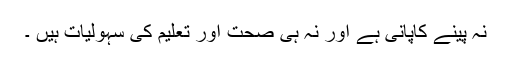
نہ پینے کاپانی ہے اور نہ ہی صحت اور تعلیم کی سہولیات ہیں ۔